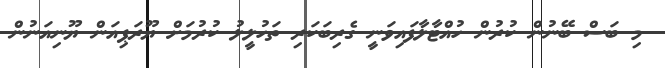
މި ބަސް ބޭނުން ކުރުން ހުއްޓާލާފައިވަނީ ގެރިބަކަރި ތަހުލީލު ކުރުމަށް ޔޫރަޕިއަން ޔޫނިއަނުން